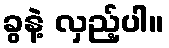
ခွနဲ့ လှည့်ပါ။